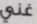
غني